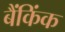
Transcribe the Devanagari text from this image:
बैंकिंक